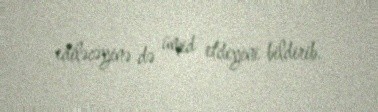
ediləcəyinə də ümid etdiyini bildirib.